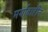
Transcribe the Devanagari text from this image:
मर्यादाहीन